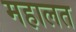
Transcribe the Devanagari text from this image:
महालत